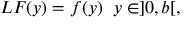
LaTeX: L F ( y ) = f ( y ) \; \; y \in ] 0 , b [ ,